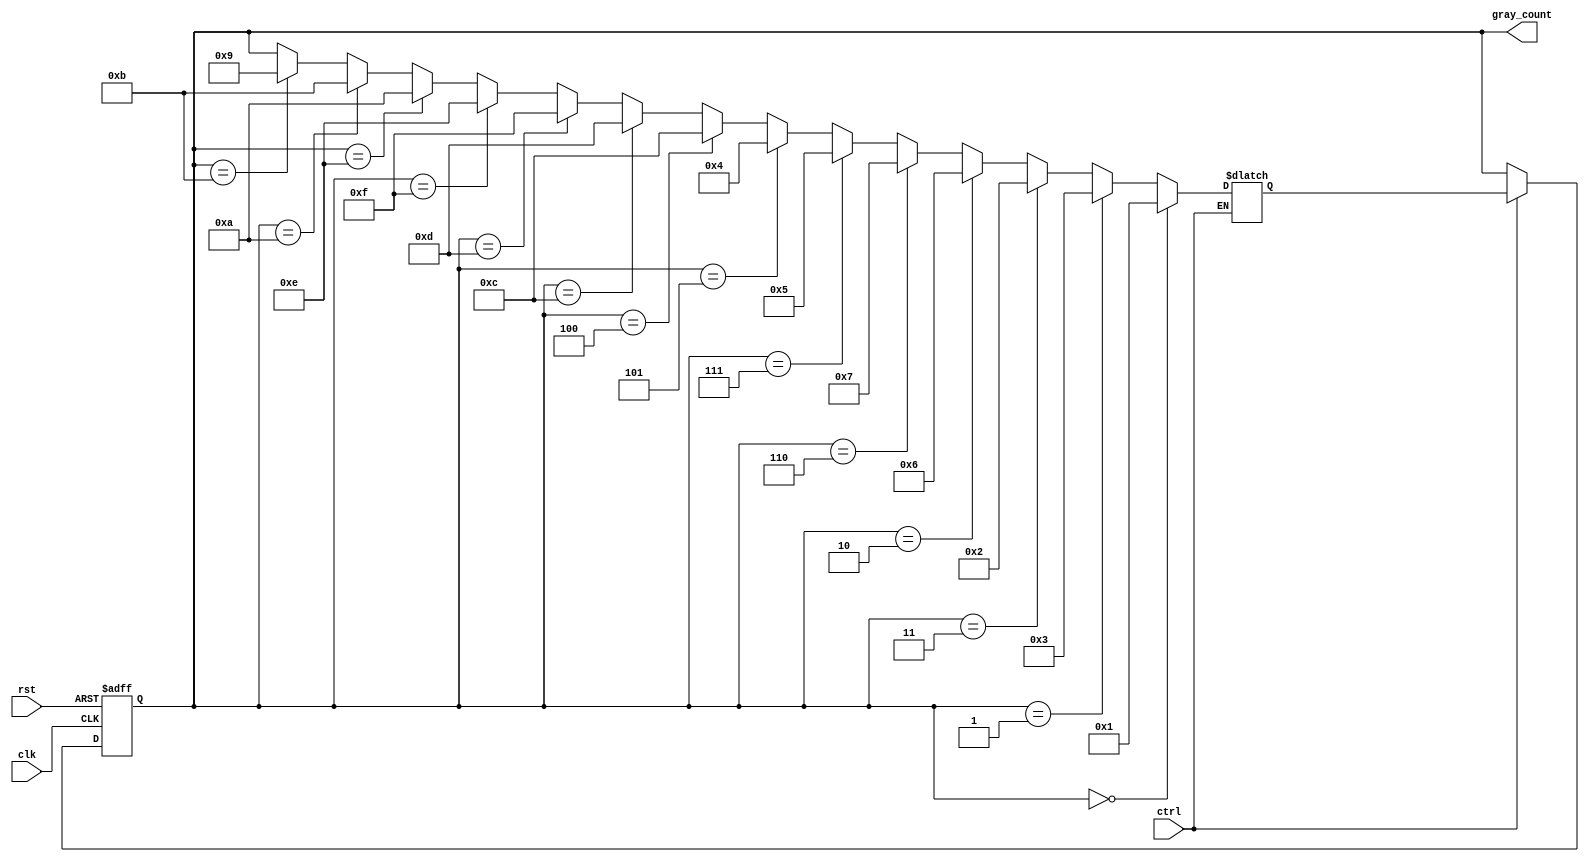
module BidirectionalGrayCounter(
    input wire clk,
    input wire rst,
    input wire ctrl,
    output reg [3:0] gray_count
);

reg [3:0] gray_count_next;

always @ (posedge clk or posedge rst) begin
    if (rst) begin
        gray_count <= 4'b0000;
    end else begin
        if (ctrl) begin // control signal asserted
            gray_count <= gray_count_next;
        end
    end
end

always @* begin
    if (ctrl) begin
        if (gray_count == 4'b0000)
            gray_count_next = 4'b0001;
        else if (gray_count == 4'b0001)
            gray_count_next = 4'b0011;
        else if (gray_count == 4'b0011)
            gray_count_next = 4'b0010;
        else if (gray_count == 4'b0010)
            gray_count_next = 4'b0110;
        else if (gray_count == 4'b0110)
            gray_count_next = 4'b0111;
        else if (gray_count == 4'b0111)
            gray_count_next = 4'b0101;
        else if (gray_count == 4'b0101)
            gray_count_next = 4'b0100;
        else if (gray_count == 4'b0100)
            gray_count_next = 4'b1100;
        else if (gray_count == 4'b1100)
            gray_count_next = 4'b1101;
        else if (gray_count == 4'b1101)
            gray_count_next = 4'b1111;
        else if (gray_count == 4'b1111)
            gray_count_next = 4'b1110;
        else if (gray_count == 4'b1110)
            gray_count_next = 4'b1010;
        else if (gray_count == 4'b1010)
            gray_count_next = 4'b1011;
        else if (gray_count == 4'b1011)
            gray_count_next = 4'b1001;
        else
            gray_count_next = gray_count; // default case
    end
end

endmodule